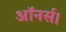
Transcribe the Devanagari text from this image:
ऑनर्स।